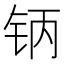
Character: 𰽥